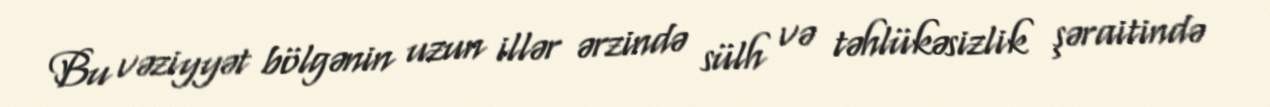
Bu vəziyyət bölgənin uzun illər ərzində sülh və təhlükəsizlik şəraitində